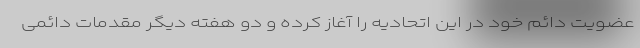
عضویت دائم خود در این اتحادیه را آغاز کرده و دو هفته دیگر مقدمات دائمی